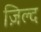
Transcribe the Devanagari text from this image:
ज़िल्द